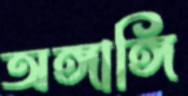
অঙ্গাঙ্গি